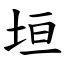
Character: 垣